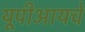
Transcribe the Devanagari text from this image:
यूपीआयचे